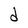
Character: d